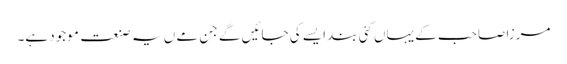
مرزا صاحب کے یہاں کئی بند ایسے کی جائیں گے جن مے ں یہ صنعت موجود ہے۔